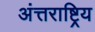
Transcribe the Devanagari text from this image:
अंत्तराष्ट्रिय